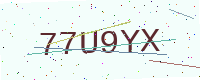
Text: 77U9YX